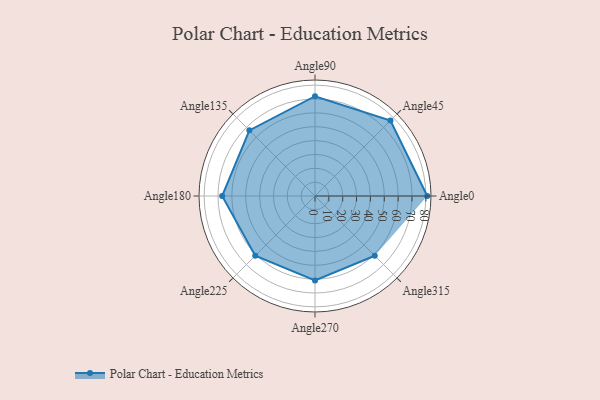
{"axis": {"x": "Angle", "y": "Radius"}, "legend": [""], "data": [{"x": "Angle0", "y": 81.0, "type": ""}, {"x": "Angle45", "y": 77.0, "type": ""}, {"x": "Angle90", "y": 72.0, "type": ""}, {"x": "Angle135", "y": 67.0, "type": ""}, {"x": "Angle180", "y": 67.0, "type": ""}, {"x": "Angle225", "y": 61.0, "type": ""}, {"x": "Angle270", "y": 61.0, "type": ""}, {"x": "Angle315", "y": 61.0, "type": ""}]}